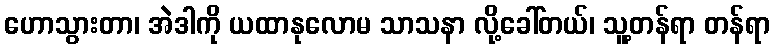
ဟောသွားတာ၊ အဲဒါကို ယထာနုလောမ သာသနာ လို့ခေါ်တယ်၊ သူ့တန်ရာ တန်ရာ